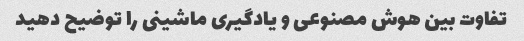
تفاوت بین هوش مصنوعی و یادگیری ماشینی را توضیح دهید